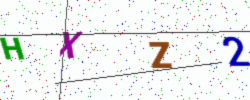
Text: HXZ2